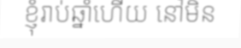
ខ្ញុំរាប់ឆ្នាំហើយ នៅមិន